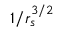
1 / r _ { s } ^ { 3 / 2 }